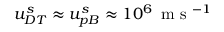
u _ { D T } ^ { s } \approx u _ { p B } ^ { s } \approx 1 0 ^ { 6 } \, \mathrm { ~ m ~ s ~ } ^ { - 1 }